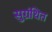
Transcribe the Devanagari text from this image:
सुग्रंथित